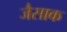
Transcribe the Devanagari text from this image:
जैसाक